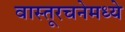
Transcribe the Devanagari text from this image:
वास्तूरचनेमध्ये